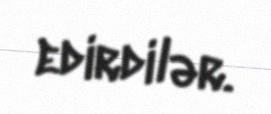
edirdilər.